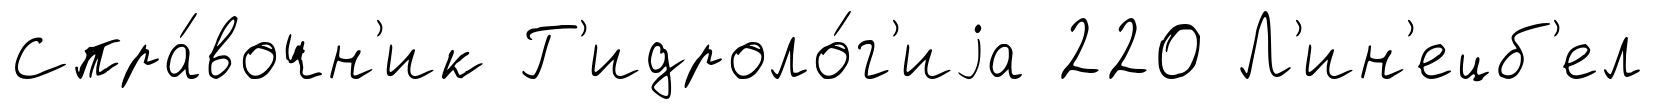
Спра́вочн'ик Г'идроло́г'иjа 220 Л'ин'ецб'ел